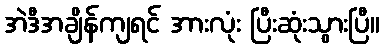
အဲဒီအချိန်ကျရင် အားလုံး ပြီးဆုံးသွားပြီ။